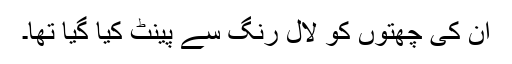
ان کی چھتوں کو لال رنگ سے پینٹ کیا گیا تھا۔